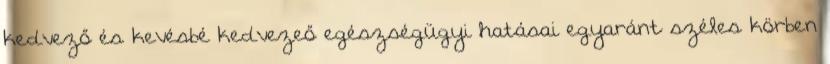
kedvező és kevésbé kedvezeő egészségügyi hatásai egyaránt széles körben